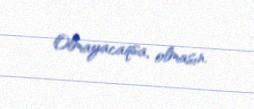
Olmayacaqsa, olmasın.